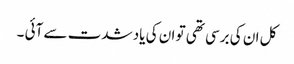
کل ان کی برسی تھی تو ان کی یاد شدت سے آئی ۔